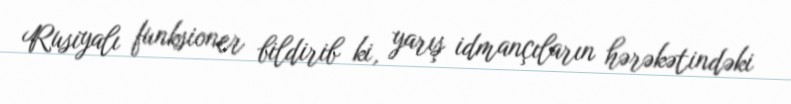
Rusiyalı funksioner bildirib ki, yarış idmançıların hərəkətindəki